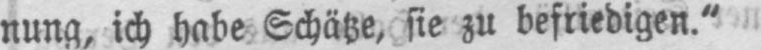
nung, ich habe Schätze, sie zu befriedigen.“